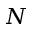
N